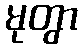
မုတွာ